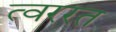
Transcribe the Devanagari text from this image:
त्वररत